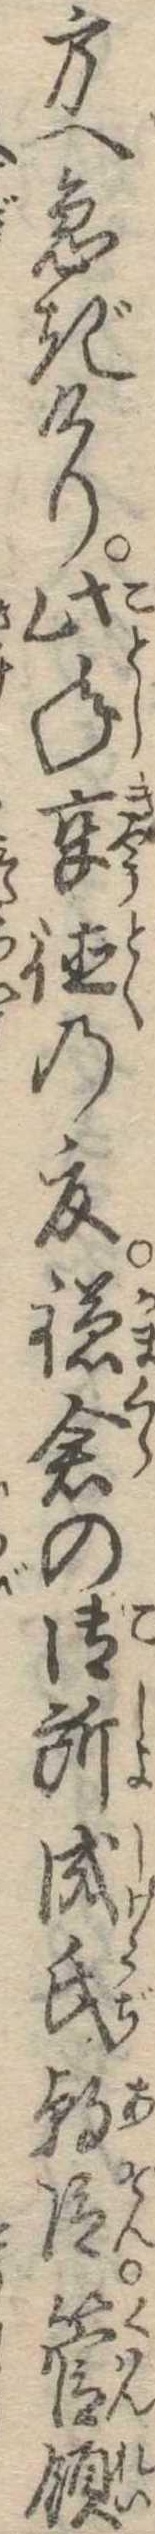
方へ急ぎけり此年享徳の夏鎌倉の御所成氏朝臣管領